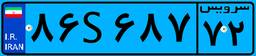
۸۶S۶۸۷۷۲